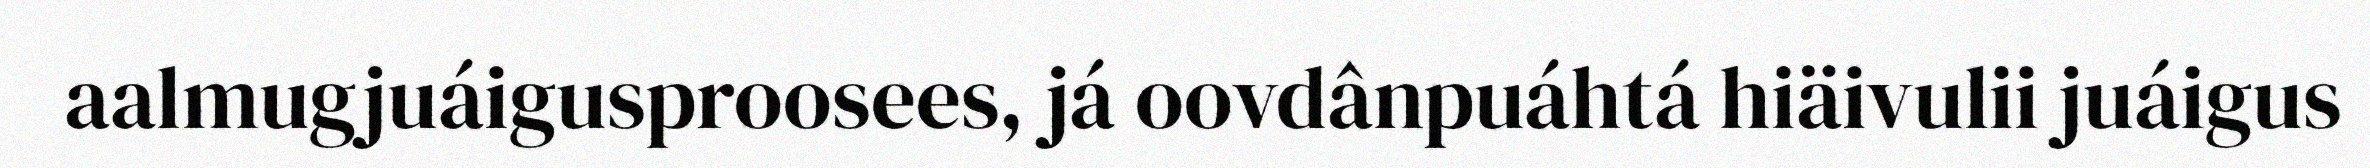
aalmugjuáigusproosees, já oovdânpuáhtá hiäivulii juáigus